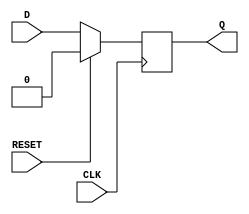
module synchronous_register (
    input wire D,        // Data input
    input wire CLK,      // Clock signal
    input wire RESET,    // Synchronous reset signal
    output reg Q         // Data output
);

// Synchronous operation
always @(posedge CLK) begin
    if (RESET) begin
        Q <= 1'b0;      // Clear the register if RESET is asserted
    end else begin
        Q <= D;         // Capture the data input on clock edge
    end
end

endmodule